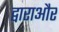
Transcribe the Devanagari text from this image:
द्वाराऔर